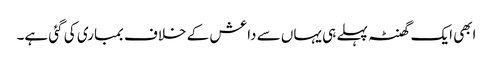
ابھی ایک گھنٹہ پہلے ہی یہاں سے داعش کے خلاف بمباری کی گئی ہے۔